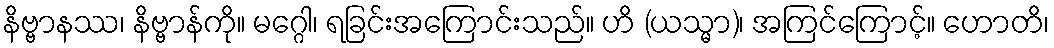
နိဗ္ဗာနဿ၊ နိဗ္ဗာန်ကို။ မဂ္ဂေါ၊ ရခြင်းအကြောင်းသည်။ ဟိ (ယသ္မာ)၊ အကြင်ကြောင့်။ ဟောတိ၊